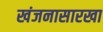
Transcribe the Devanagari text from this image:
खंजनासारखा